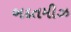
બદતમીઝ